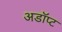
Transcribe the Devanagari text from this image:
अडॉप्ट